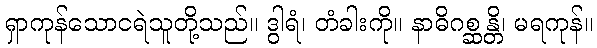
ရှာကုန်သောငရဲသူတို့သည်။ ဒွါရံ၊ တံခါးကို။ နာဓိဂစ္ဆန္တိ၊ မရကုန်။